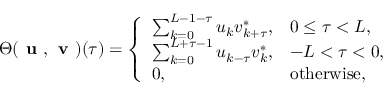
\Theta ( \textbf { u } , \textbf { v } ) ( { \tau } ) = \left\{ \begin{array} { l l } { \sum _ { k = 0 } ^ { L - 1 - \tau } u _ { k } v _ { k + \tau } ^ { * } , } & { 0 \leq \tau < L , } \\ { \sum _ { k = 0 } ^ { L + \tau - 1 } u _ { k - \tau } v _ { k } ^ { * } , } & { - L < \tau < 0 , } \\ { 0 , } & { \mathrm { o t h e r w i s e } , } \end{array} \right.